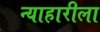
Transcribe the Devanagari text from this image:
न्याहारीला